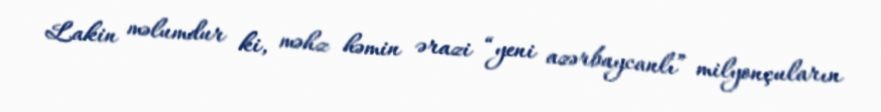
Lakin məlumdur ki, məhz həmin ərazi “yeni azərbaycanlı” milyonçuların